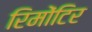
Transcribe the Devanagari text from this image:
रिमोंटिर